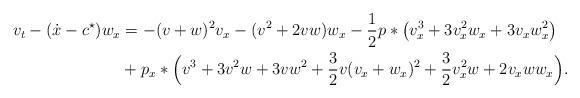
LaTeX: \begin{align*}v_t-(\dot{x}-c^\star)w_x&=-(v+w)^2v_x-(v^2+2vw)w_x-\dfrac{1}{2}p*\big(v_x^3+3v_x^2w_x+3v_xw_x^2\big)\\ & +p_x*\Big(v^3+3v^2w+3vw^2+\dfrac{3}{2}v(v_x+w_x)^2+\dfrac{3}{2}v_x^2w+2v_xww_x\Big).\end{align*}